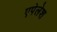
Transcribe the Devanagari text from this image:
एपेलेश